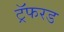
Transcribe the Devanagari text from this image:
ट्रॅफरड